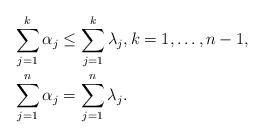
LaTeX: \begin{align*}\sum_{j = 1}^k \alpha_j &\leq \sum_{j = 1}^k \lambda_j, k = 1,\ldots,n-1,\ \\\sum_{j = 1}^n \alpha_j &= \sum_{j = 1}^n \lambda_j. \end{align*}